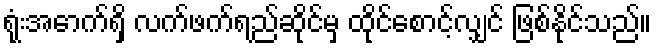
ရုံးအောက်ရှိ လက်ဖက်ရည်ဆိုင်မှ ထိုင်စောင့်လျှင် ဖြစ်နိုင်သည်။